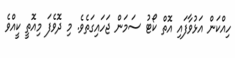
ހިއްކަން އަޅުވާފައި އޮތް ކޯޓު ސަމަން ޖަހައިގަތެވެ. މި ދޮވެފަ މިއޮތީ ކީއްވެ